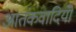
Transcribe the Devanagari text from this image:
आतंकवादियोँ